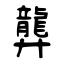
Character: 龏